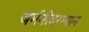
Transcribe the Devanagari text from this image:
जर्मनीदरम्यान